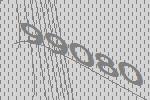
99080